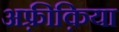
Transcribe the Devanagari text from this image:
अफ़्रीक़िया